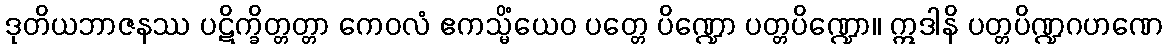
ဒုတိယဘာဇနဿ ပဋိက္ခိတ္တတ္တာ ကေဝလံ ဧကသ္မိံယေဝ ပတ္တေ ပိဏ္ဍော ပတ္တပိဏ္ဍော။ ဣဒါနိ ပတ္တပိဏ္ဍဂဟဏေ